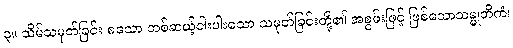
၃။ သိမ်သမုတ်ခြင်း စသော တစ်ဆယ့်ငါးပါးသော သမုတ်ခြင်းတို့၏ အစွမ်းဖြင့် ဖြစ်သောသမ္မုတိကံ၊